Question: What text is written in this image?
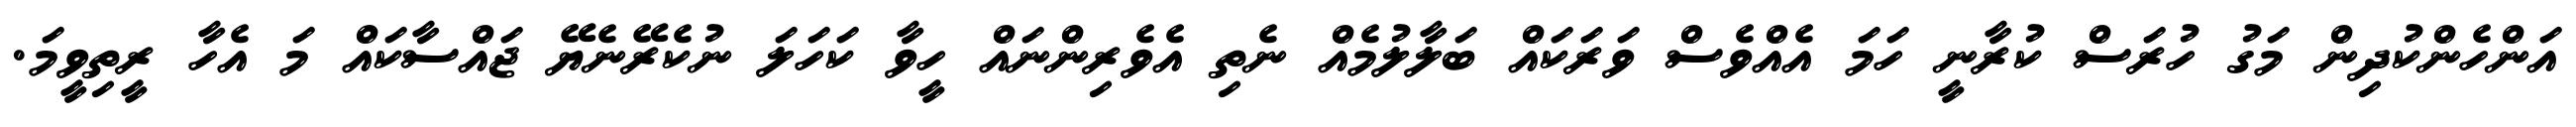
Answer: އަންހެންކުދިން މަގު ހުރަސް ކުރާނީ ހަމަ އެއްވެސް ވަރަކައް ބަލާލުމެއް ނެތި އެވެރިންނައް ހީވާ ކަހަލަ ނުކެރޭނެޔޭ ޖައްސާކައް މަ އެހާ ރީތިވީމަ.